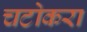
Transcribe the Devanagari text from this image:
चटोकरा